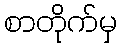
စာတိုက်မှ